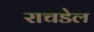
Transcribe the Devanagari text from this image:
राचडेल